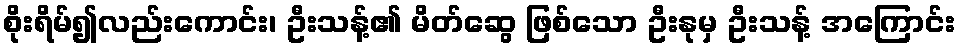
စိုးရိမ်၍လည်းကောင်း၊ ဦးသန့်၏ မိတ်ဆွေ ဖြစ်သော ဦးနုမှ ဦးသန့် အကြောင်း